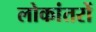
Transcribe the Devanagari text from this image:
लोकांतरों